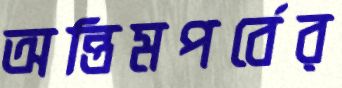
অন্তিমপর্বের